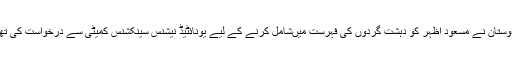
ہندوستان نے مسعود اظہر کو دہشت گردوں کی فہرست میںشامل کرنے کے لیے یونائٹیڈ نیشنس سینکشنس کمیٹی سے درخواست کی تھی۔